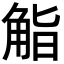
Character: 𮗬